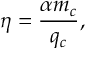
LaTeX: \eta = \frac { \alpha m _ { c } } { q _ { c } } ,